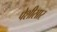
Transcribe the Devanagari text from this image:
पेशीसार